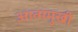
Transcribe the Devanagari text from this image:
आत्ममुखी